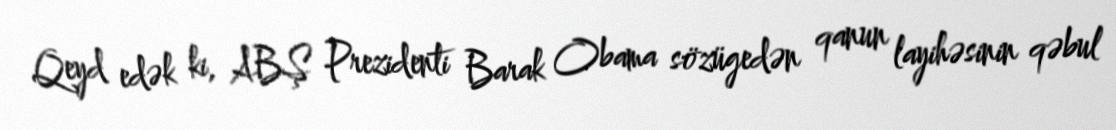
Qeyd edək ki, ABŞ Prezidenti Barak Obama sözügedən qanun layihəsinin qəbul